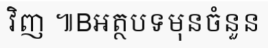
វិញ ៕Bអត្ថបទមុនចំនួន